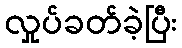
လှုပ်ခတ်ခဲ့ပြီး